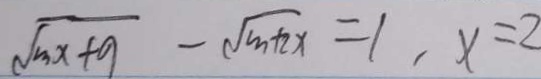
\sqrt { m x + 9 } - \sqrt { m + 2 x } = 1 , x = 2